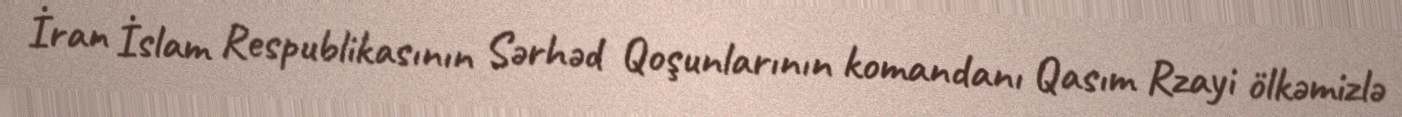
İran İslam Respublikasının Sərhəd Qoşunlarının komandanı Qasım Rzayi ölkəmizlə